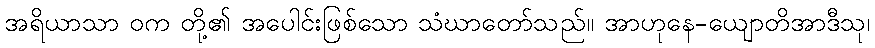
အရိယာသာ ဝက တို့၏ အပေါင်းဖြစ်သော သံဃာတော်သည်။ အာဟုနေ-ယျောတိအာဒီသု၊